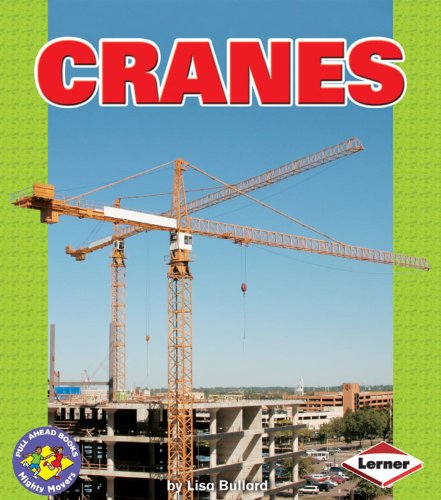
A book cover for Cranes (Pull Ahead Books); Lisa Bullard; Children's Books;